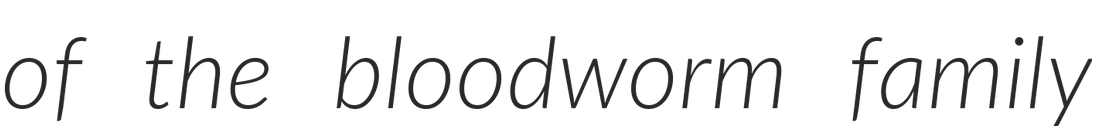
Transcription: of the bloodworm family